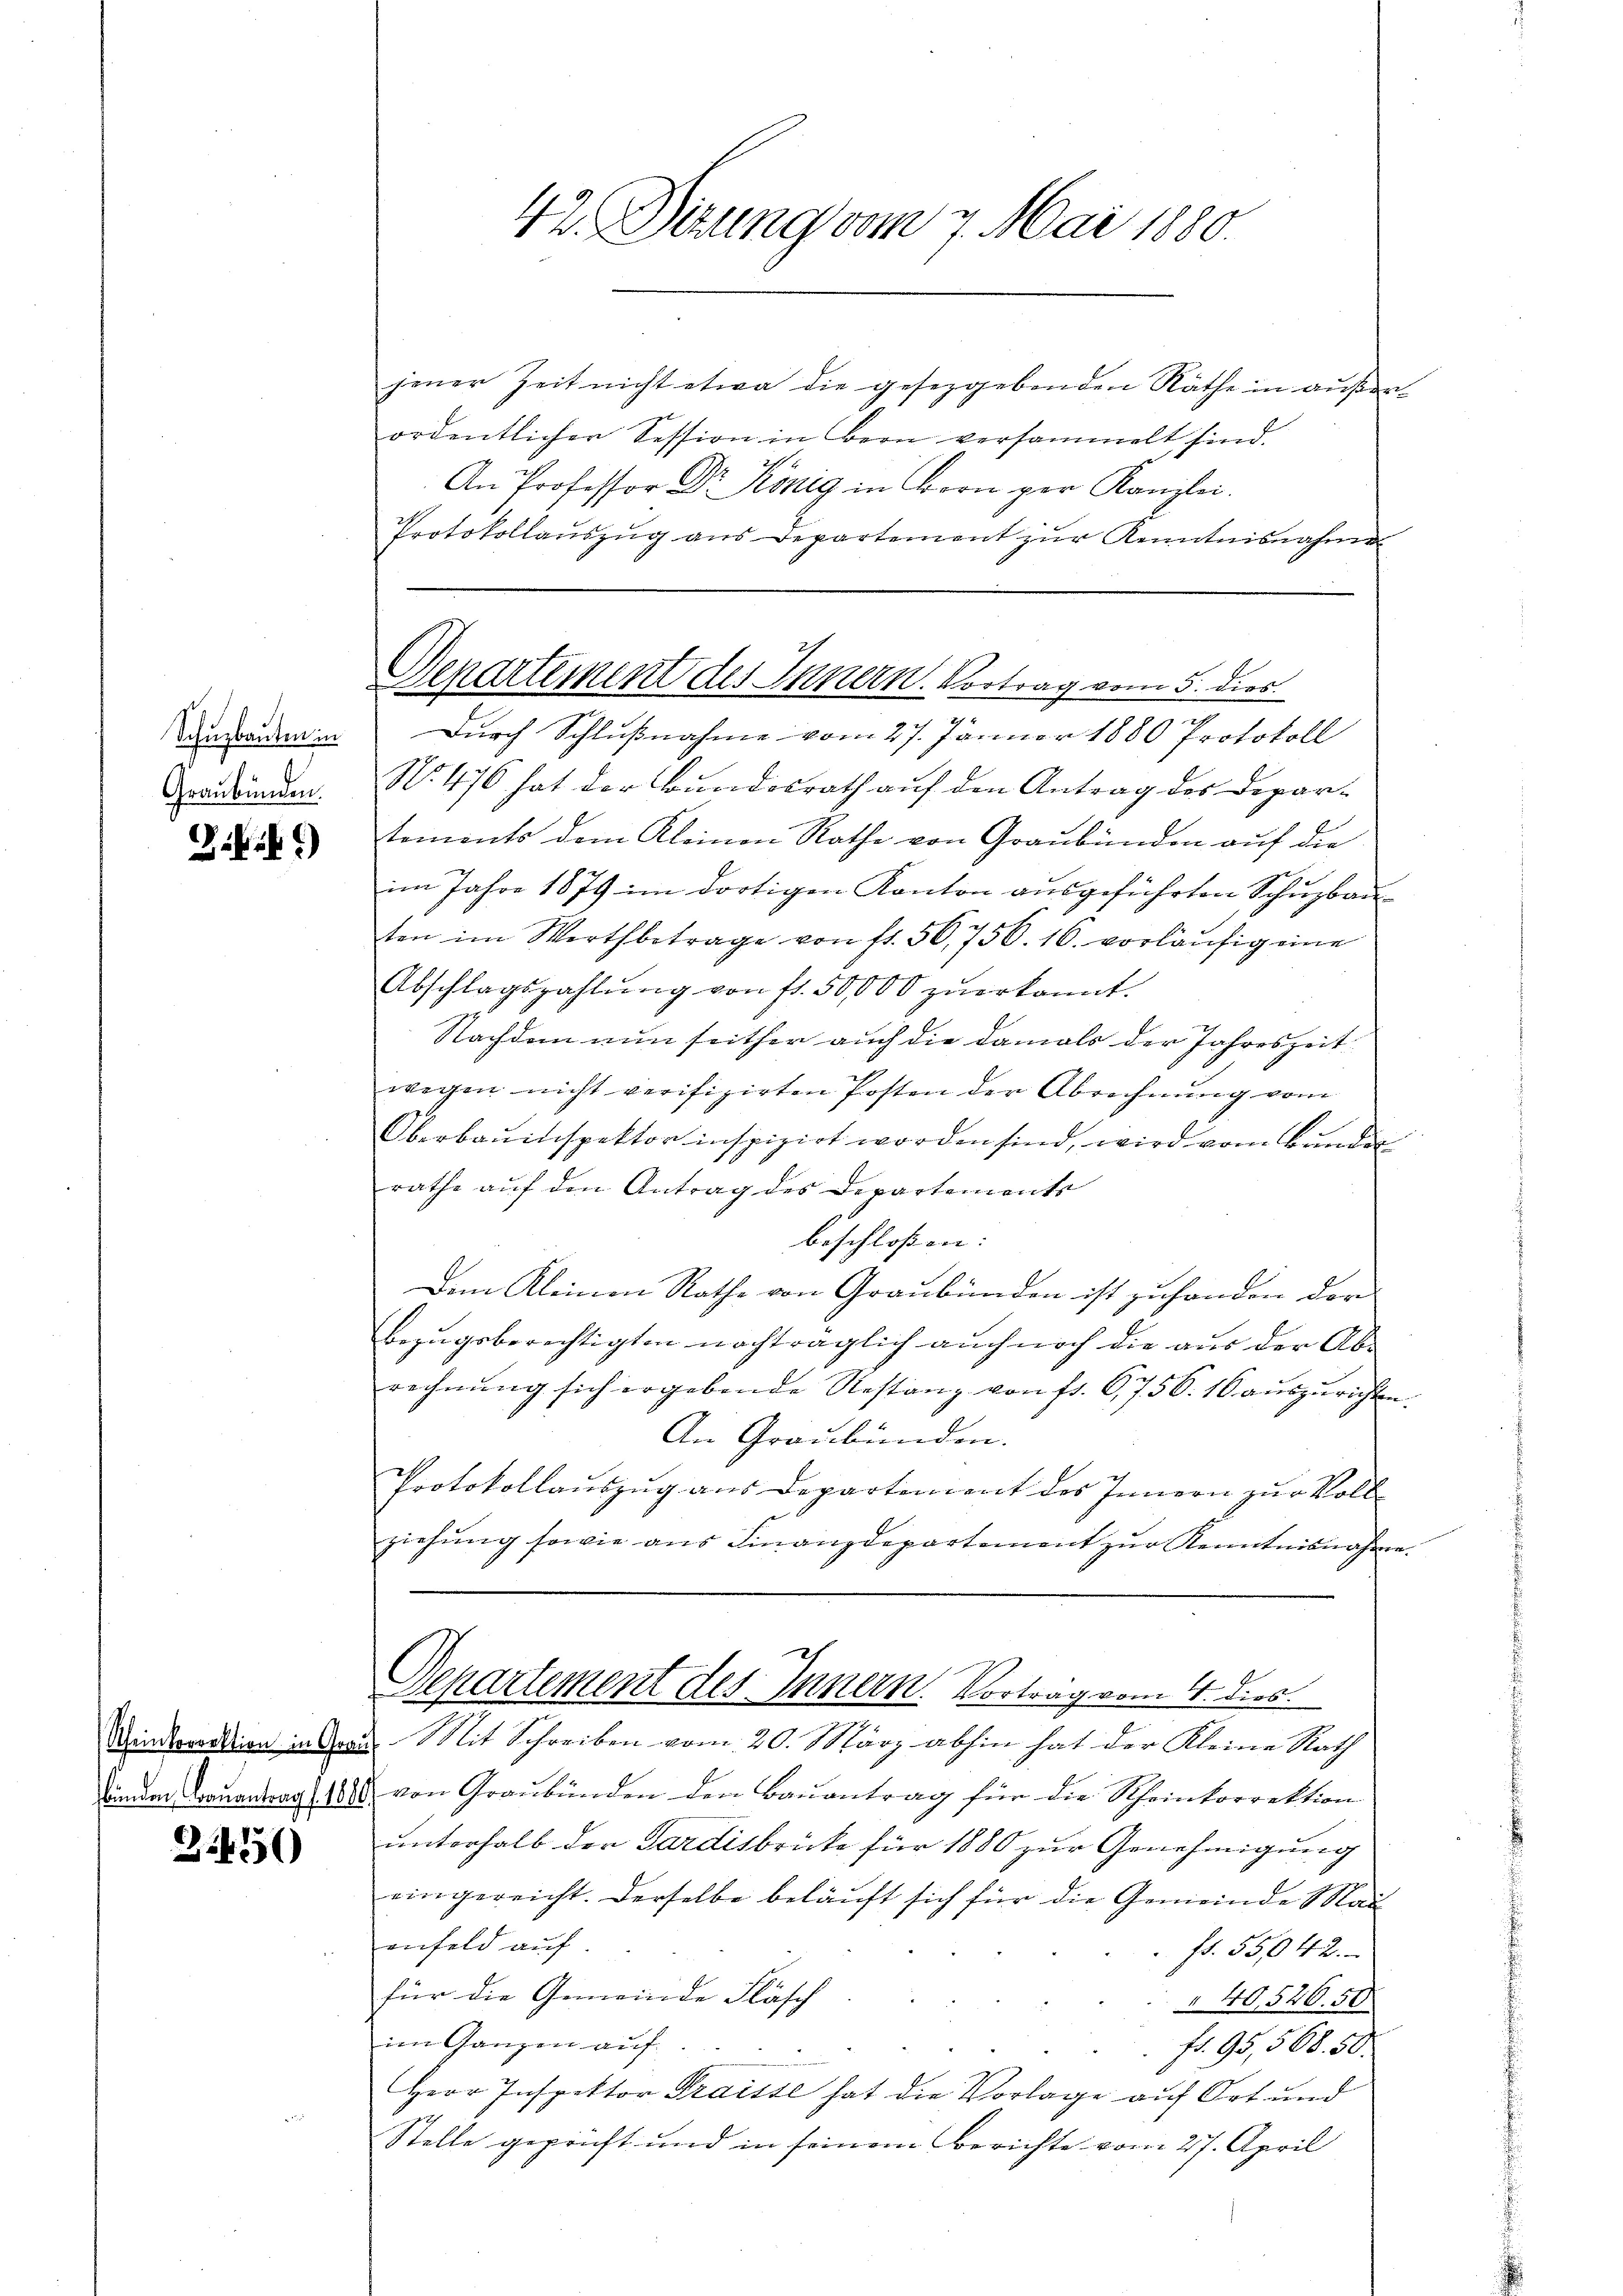
Schuzbauten in
Graubünden.

Brk.)

Aheinkorrektion in Grau
bunden, Bauantrag f. 1891

3450

jener Zeit nicht etwa die gesetzgebenden Räthe in außerordentlicher Session in Bern versammelt sind.
An Professor Dr. König in Bern per Kanzlei.
Protokollauszug aus Departement zur Kenntnisnahme

42. Sizung vom 7. Mai 1880

Genartement des Innern. Vortrag vom 5. dies
Durch Schlußnahme vom 27. Januar 1880 Protokoll

No. 476 hat der Bundesrath auf den Antrag des Departements dem Kleinen Rathe von Graubünden auf die
im Jahre 1879 im dortigen Kanton ausgeführten Schuzbau
ton im Wertbetrage von fl. 50,756. 16. vorläŭfig eine
Abschlagszahlŭng von fl. 50,000 zŭerkannt.
Nachdem nun seither auch die damals der Jahreszeit
wegen nicht verifizirten Posten der Abrechnung vom
Oberbauinspektor inspizirt worden sind, wird vom Bunder
rathe auf den Antrag des Departements
beschlossen: |
Dem Kleinen Rathe von Graubünden ist zufanden der
bezugsberechtigten nachträglich auch noch die aus der Ab-
rechnŭng sich ergebende Restanz von fr. 6756. 16 auszurichten.
An Graubünden.
Protokollauszug aus Departement des Innern zur Voll-
ziehung sowie aus Finanzdepartement zur Kenntnisnahme.
Departement des Innern. Vortrag vom 4. dies
Mit Schreiben vom 20. März abhin hat der Kleine Rath
von Graubünden den Bauantrag für die Rheinkorrektion
unterhalb der Gardisbrücke für 1880 zur Genehmigung
eingereicht. Derselbe beläuft sich für die Gemeinde Mauenfeld auf
 f. 55042.
für die Gemeinde Fläsch
40,526. 50
im Ganzen auf
fr. 95,568. 50.
Herr Inspektor Fraisse hat die Vorlage auf Ort und
Stelle geprüft und in seinem Berichte vom 27. April